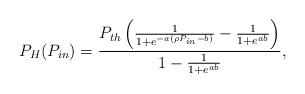
LaTeX: \begin{align*}{P_{H}(P_{in}) = \frac{P_{th}\left( \frac{ 1}{1+e^{-a(\rho P_{in}-b)}} - \frac{1}{1+e^{ab}} \right)}{1-\frac{1}{1+e^{a b}}}},\end{align*}